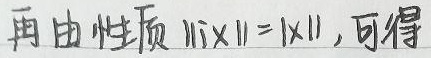
再由性质 $\|i\mathbf{x}\|=\|\mathbf{x}\|$，可得